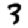
Digit: 3